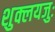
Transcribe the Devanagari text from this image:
शुक्लयजुः